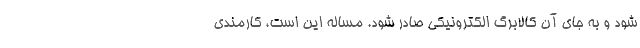
شود و به جای آن کالابرگ الکترونیکی صادر شود. مساله این است، کارمندی